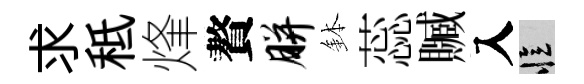
求秪烽贅胼鉢蕊贓入忆